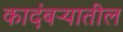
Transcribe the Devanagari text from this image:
कादंबऱ्यातील